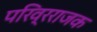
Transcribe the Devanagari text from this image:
परिव्रराजक